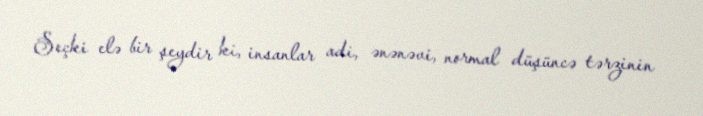
Seçki elə bir şeydir ki, insanlar adi, ənənəvi, normal düşüncə tərzinin